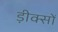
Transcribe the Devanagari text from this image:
ड़ीक्सों